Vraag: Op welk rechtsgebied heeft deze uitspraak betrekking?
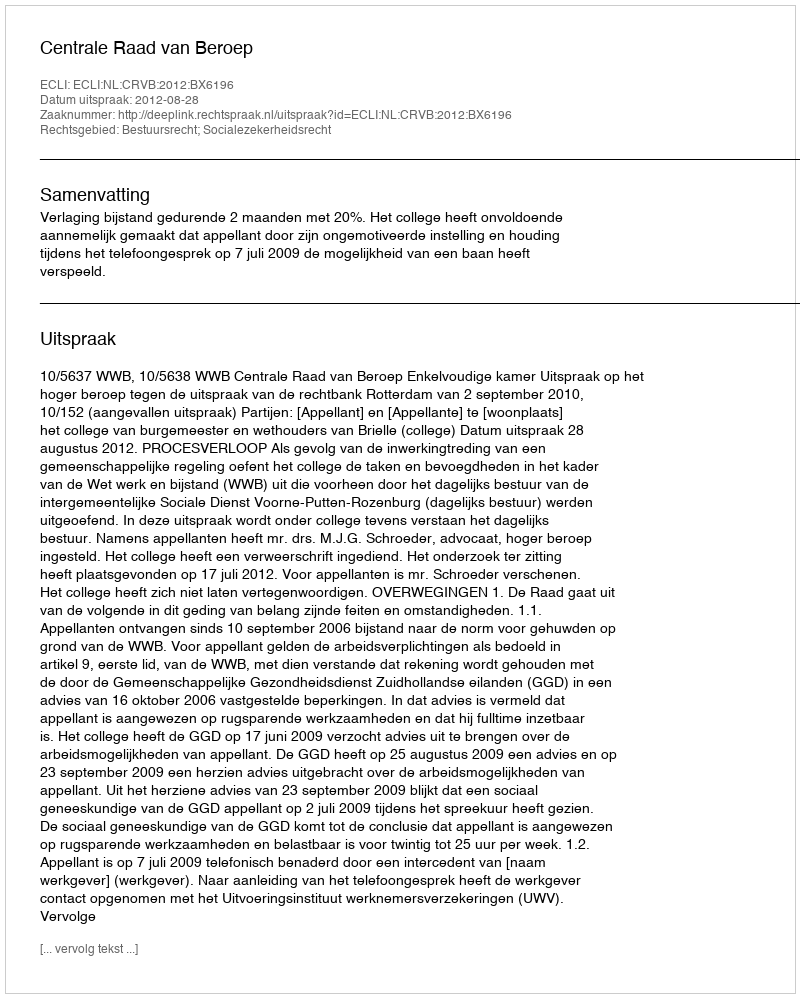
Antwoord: Bestuursrecht; Socialezekerheidsrecht